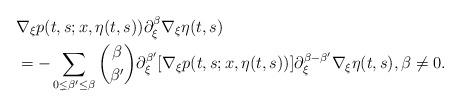
LaTeX: \begin{align*}&\nabla_\xi p(t,s;x,\eta(t,s)) \partial_\xi^\beta\nabla_\xi \eta(t,s) \\&=-\sum_{0\lneq\beta^\prime \leq \beta} \binom{\beta}{\beta^\prime} \partial_\xi^{\beta^\prime}[\nabla_\xi p(t,s;x,\eta(t,s))] \partial_\xi^{\beta-\beta^\prime}\nabla_\xi \eta(t,s), \beta \neq 0.\end{align*}